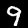
Label: 9